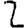
Digit: 2